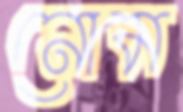
নোম